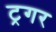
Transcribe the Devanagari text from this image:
ट्रगर